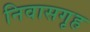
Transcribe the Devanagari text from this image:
निवासगृह